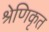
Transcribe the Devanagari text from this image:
श्रेणिकृत